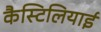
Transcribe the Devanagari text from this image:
कैस्टिलियाई